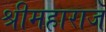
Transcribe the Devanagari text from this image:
श्रीमहाराज